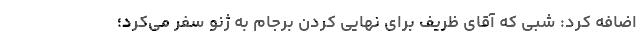
اضافه کرد: شبی که آقای ظریف برای نهایی کردن برجام به ژنو سفر می‌کرد؛